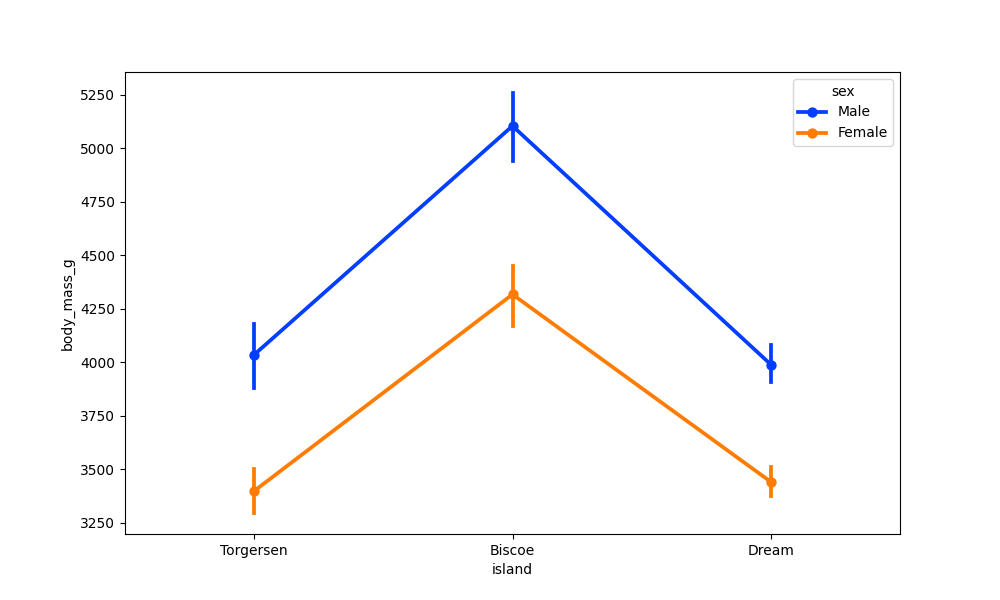
python, seaborn, pointplot, scale=1.0, join=True, hue='sex', palette='bright'